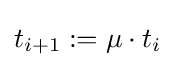
t_{i+1}:=\mu \cdot t_{i}